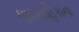
ધારાવાહિકોના